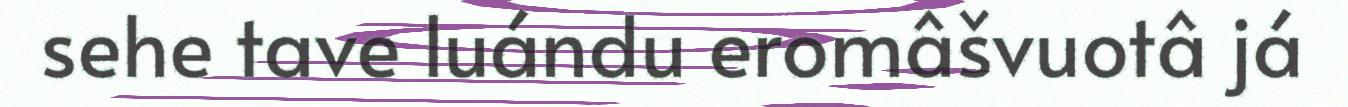
sehe tave luándu eromâšvuotâ já